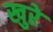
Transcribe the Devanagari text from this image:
खुरे